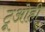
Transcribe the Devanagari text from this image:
टूओही